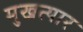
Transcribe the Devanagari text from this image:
मुखत्यार